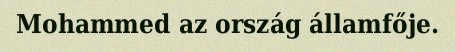
Mohammed az ország államfője.